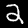
Label: 2